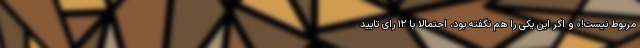
مربوط نیست!» و اگر این یکی را هم نگفته بود، احتمالا با ۱۲ رای تایید